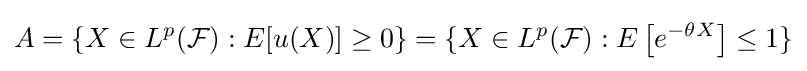
A=\{X\in L^{p}({\mathcal {F}}):E[u(X)]\geq 0\}=\{X\in L^{p}({\mathcal {F}}):E\left[e^{-\theta X}\right]\leq 1\}